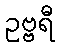
ဥဗ္ဗရီ